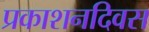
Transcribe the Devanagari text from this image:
प्रकाशनदिवस